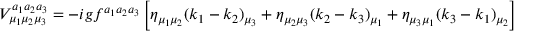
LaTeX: V _ { \mu _ { 1 } \mu _ { 2 } \mu _ { 3 } } ^ { a _ { 1 } a _ { 2 } a _ { 3 } } = - i g f ^ { a _ { 1 } a _ { 2 } a _ { 3 } } \left[ \eta _ { \mu _ { 1 } \mu _ { 2 } } ( k _ { 1 } - k _ { 2 } ) _ { \mu _ { 3 } } + \eta _ { \mu _ { 2 } \mu _ { 3 } } ( k _ { 2 } - k _ { 3 } ) _ { \mu _ { 1 } } + \eta _ { \mu _ { 3 } \mu _ { 1 } } ( k _ { 3 } - k _ { 1 } ) _ { \mu _ { 2 } } \right]